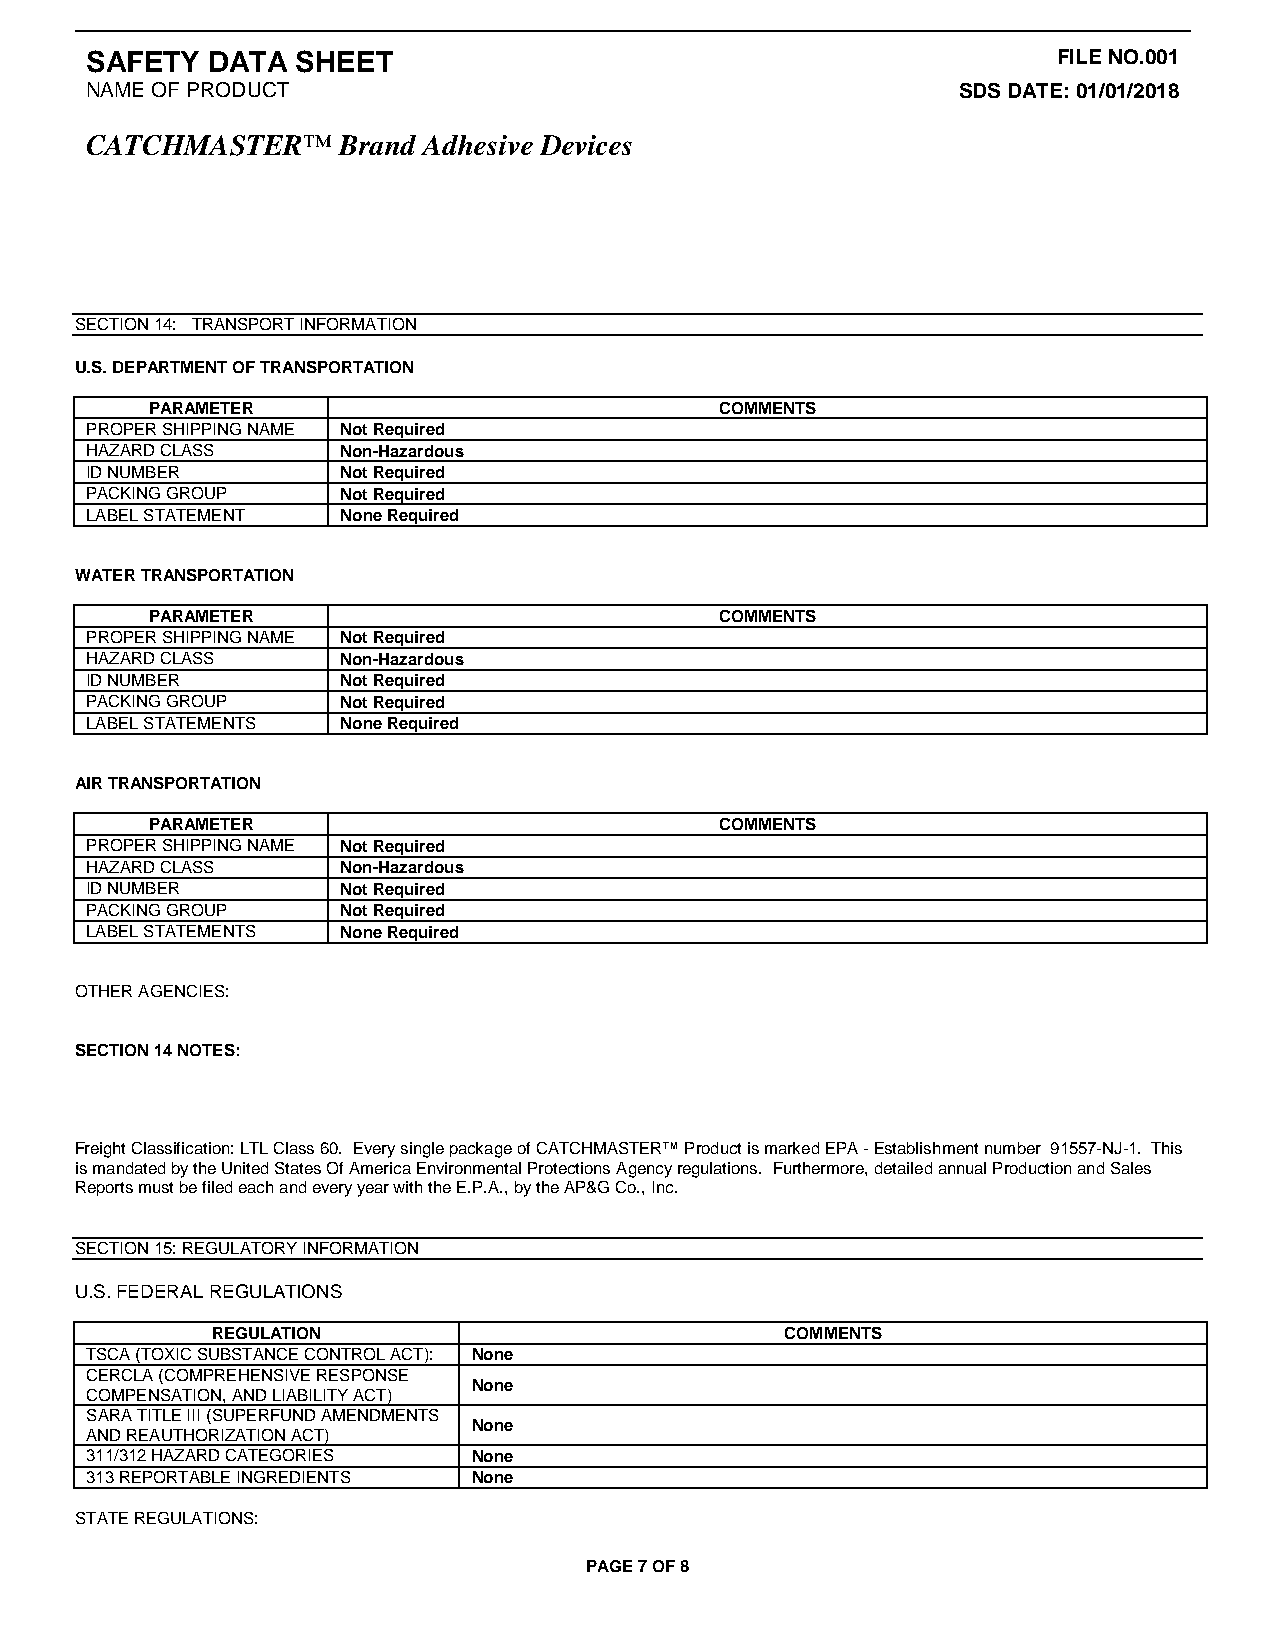
SAFETY  DATA  SHEET                                             FILE NO.001
 NAME OF PRODUCT                                          SDS DATE: 01/01/2018
 CATCHMASTER™     Brand Adhesive Devices
 SECTION 14: TRANSPORT INFORMATION
 U.S. DEPARTMENT OF TRANSPORTATION
 PARAMETER                             COMMENTS
 PROPER SHIPPING NAME Not Required
 HAZARD CLASS     Non-Hazardous
 ID NUMBER        Not Required
 PACKING GROUP    Not Required
 LABEL STATEMENT  None Required
 WATER TRANSPORTATION
 PARAMETER                             COMMENTS
 PROPER SHIPPING NAME Not Required
 HAZARD CLASS     Non-Hazardous
 ID NUMBER        Not Required
 PACKING GROUP    Not Required
 LABEL STATEMENTS None Required
 AIR TRANSPORTATION
 PARAMETER                             COMMENTS
 PROPER SHIPPING NAME Not Required
 HAZARD CLASS     Non-Hazardous
 ID NUMBER        Not Required
 PACKING GROUP    Not Required
 LABEL STATEMENTS None Required
 OTHER AGENCIES:
 SECTION 14 NOTES:
 Freight Classification: LTL Class 60. Every single package of CATCHMASTER™ Product is marked EPA - Establishment number 91557-NJ-1. This
 is mandated by the United States Of America Environmental Protections Agency regulations. Furthermore, detailed annual Production and Sales
 Reports must be filed each and every year with the E.P.A., by the AP&G Co., Inc.
 SECTION 15: REGULATORY INFORMATION
 U.S. FEDERAL REGULATIONS
 REGULATION                            COMMENTS
 TSCA (TOXIC SUBSTANCE CONTROL ACT): None
 CERCLA (COMPREHENSIVE RESPONSE
 None
 COMPENSATION, AND LIABILITY ACT)
 SARA TITLE III (SUPERFUND AMENDMENTS
 None
 AND REAUTHORIZATION ACT)
 311/312 HAZARD CATEGORIES None
 313 REPORTABLE INGREDIENTS None
 STATE REGULATIONS:
 PAGE 7 OF 8